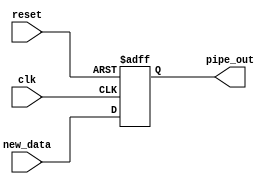
module life_pipe #
(
	parameter X=3'd8,
	parameter Y=3'd8,
	parameter LOG2X=3,
	parameter LOG2Y=3
) (
	input clk,
	input reset,
	input new_data,
	output pipe_out
);

reg [X:0]pipe;

always @(posedge clk, negedge reset)
begin
	if (~reset)
		pipe <= {(X+1){1'b0}};
	else
		pipe <= {pipe[X-1:0], new_data};
end

assign pipe_out = pipe[X];

endmodule